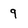
Character: 9